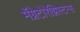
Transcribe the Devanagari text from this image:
मॅग्नेटोरेझिस्टन्स